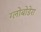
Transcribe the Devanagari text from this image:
ग्लोबोडेरा